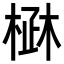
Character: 𣓜